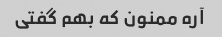
آره ممنون که بهم گفتی